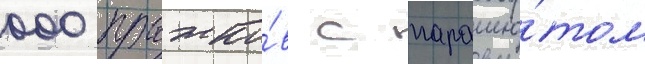
000 прыжко́в с парашю́том